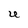
Character: U